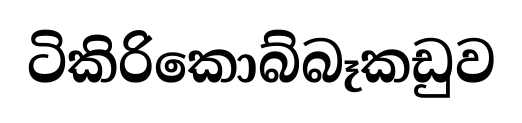
ටිකිරිකොබ්බෑකඩුව